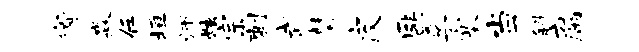
宥淼任垣师炫宗刺武瞽皮匪孚塞当斜腐